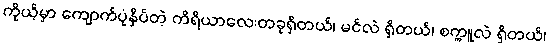
ကိုယ့်မှာ ကျောက်ပုံနှိပ်တဲ့ ကိရိယာလေးတခုရှိတယ်၊ မင်လဲ ရှိတယ်၊ စက္ကူလဲ ရှိတယ်၊